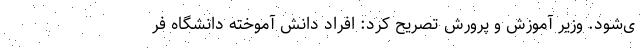
ی‌شود. وزیر آموزش و پرورش تصریح کرد: افراد دانش آموخته دانشگاه فر